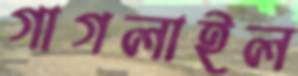
গাগলাইল